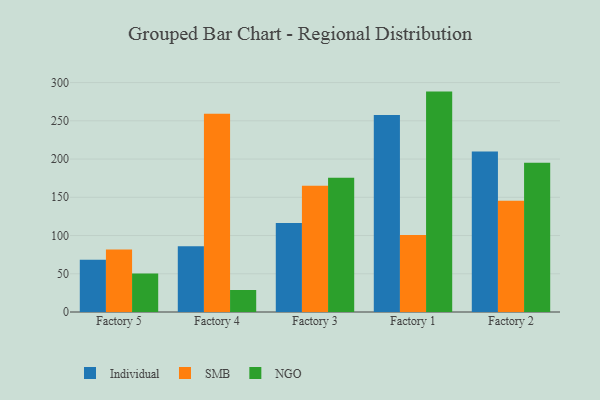
{"axis": {"x": "Factory", "y": "Active Users"}, "legend": ["Individual", "NGO", "SMB"], "data": [{"x": "Factory 5", "y": 68.4, "type": "Individual"}, {"x": "Factory 5", "y": 81.7, "type": "SMB"}, {"x": "Factory 5", "y": 50.4, "type": "NGO"}, {"x": "Factory 4", "y": 85.9, "type": "Individual"}, {"x": "Factory 4", "y": 259.2, "type": "SMB"}, {"x": "Factory 4", "y": 28.8, "type": "NGO"}, {"x": "Factory 3", "y": 116.5, "type": "Individual"}, {"x": "Factory 3", "y": 165.2, "type": "SMB"}, {"x": "Factory 3", "y": 175.6, "type": "NGO"}, {"x": "Factory 1", "y": 257.7, "type": "Individual"}, {"x": "Factory 1", "y": 100.7, "type": "SMB"}, {"x": "Factory 1", "y": 288.2, "type": "NGO"}, {"x": "Factory 2", "y": 209.8, "type": "Individual"}, {"x": "Factory 2", "y": 145.5, "type": "SMB"}, {"x": "Factory 2", "y": 195.2, "type": "NGO"}]}